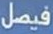
فيصل